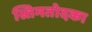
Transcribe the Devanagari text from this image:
स्तिमतोदका